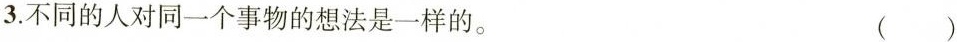
3.不同的人对同一个事物的想法是一样的。 ()